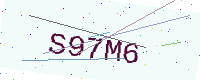
Text: S97M6